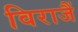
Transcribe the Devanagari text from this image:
विराजैं